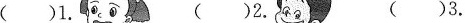
()1. ()2. ()3.